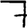
Digit: 7